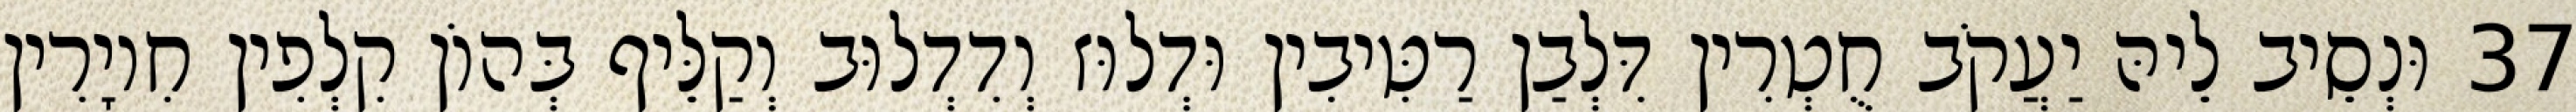
37 וּנְסֵיב לֵיהּ יַעֲקֹב חֻטְרִין דִּלְבַן רַטִּיבִין וּדְלוּז וְדִדְלוּב וְקַלֵּיף בְּהוֹן קִלְפִין חִיוָרִין